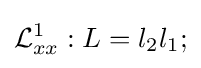
{\mathcal {L}}_{xx}^{1}:L=l_{2}l_{1};